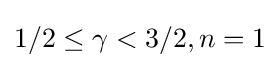
1/2\leq \gamma <3/2,n=1